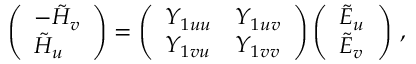
\left( \begin{array} { l } { - \tilde { H } _ { v } } \\ { \tilde { H } _ { u } } \end{array} \right) = \left( \begin{array} { l l } { Y _ { 1 u u } } & { Y _ { 1 u v } } \\ { Y _ { 1 v u } } & { Y _ { 1 v v } } \end{array} \right) \left( \begin{array} { l } { \tilde { E } _ { u } } \\ { \tilde { E } _ { v } } \end{array} \right) \, ,